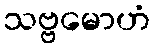
သဗ္ဗမောဟံ